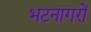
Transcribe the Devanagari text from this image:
भटनागरों